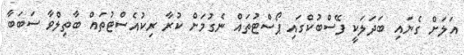
އަލަށް ގެނައި ބަދަލަކީ ފޭސްބުކްގައި ޕޯސްޓުތައް ނެގުމަށް ކުރާ ރިކުއެސްޓުތައް ބާތިލްވާ ސަބަބާ